Annual vaccination report of Bihar and Orissa - 1911-1928
Year: 1911
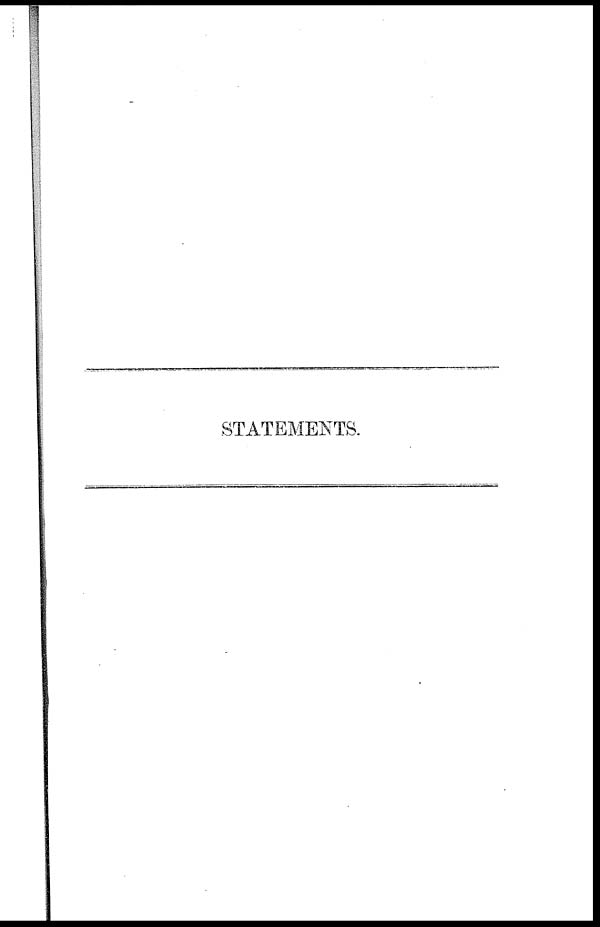
STATEMENTS.